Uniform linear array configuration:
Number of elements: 24
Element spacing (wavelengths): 1
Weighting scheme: binomial
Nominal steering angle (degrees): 0
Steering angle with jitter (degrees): -1.448
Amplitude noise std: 0.05
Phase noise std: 0.05

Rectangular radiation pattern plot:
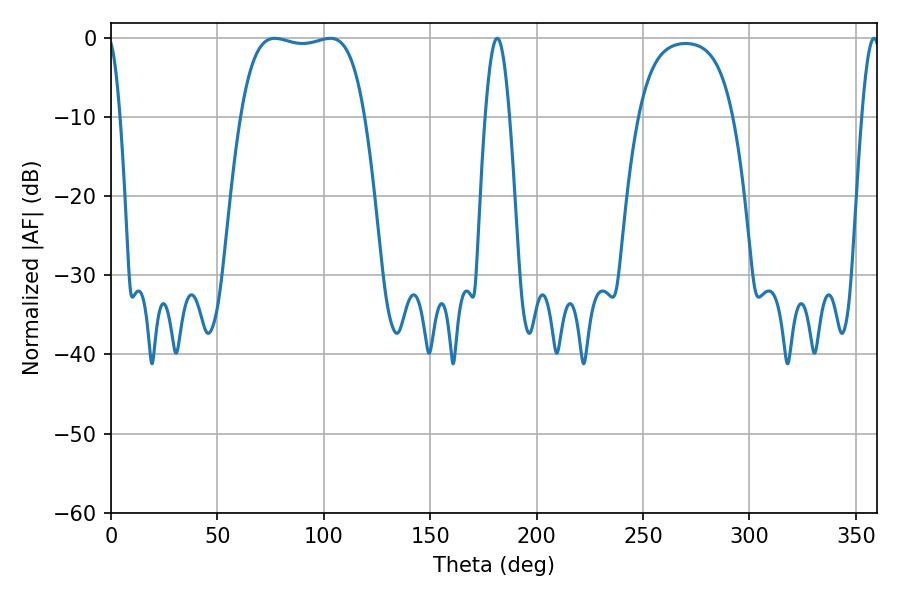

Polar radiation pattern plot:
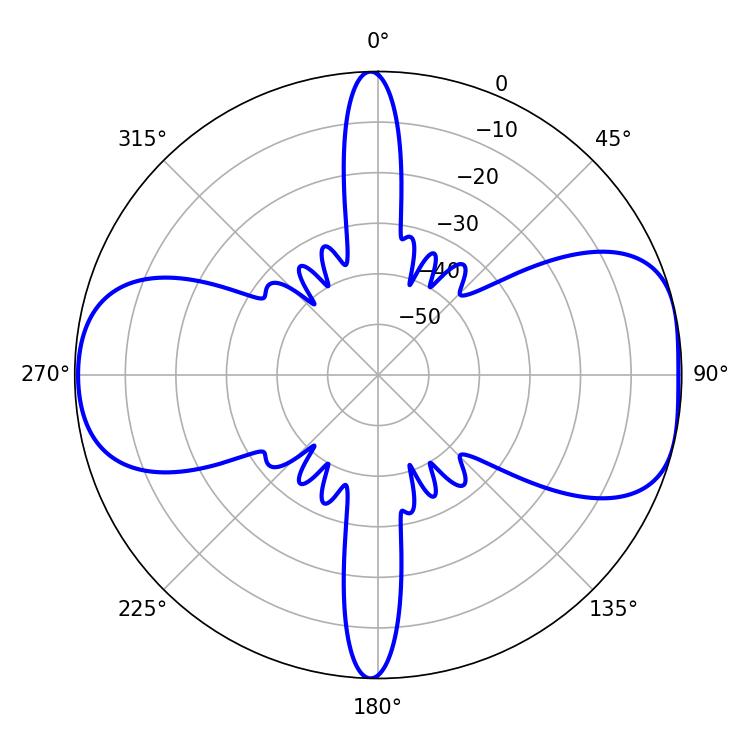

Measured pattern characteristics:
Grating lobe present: TRUE
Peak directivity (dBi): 8.156
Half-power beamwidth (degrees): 46.44
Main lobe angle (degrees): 77.04